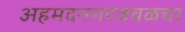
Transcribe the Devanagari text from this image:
अहमदनगरजवळचा